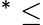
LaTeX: ^\ast\leq